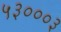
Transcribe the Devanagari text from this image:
५३०००३